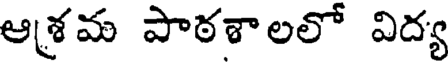
ఆశ్రమ పాఠశాలలో విద్య